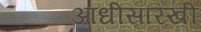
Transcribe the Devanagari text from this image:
आधीसारखी